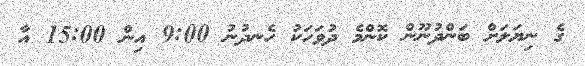
ގެ ނިޔަލަށް ބަންދުނޫން ކޮންމެ ދުވަހަކު ހެނދުނު 9:00 އިން 15:00 އާ